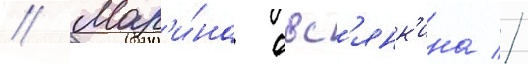
// Мар'и́на овс'янк'ина //